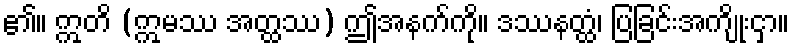
၏။ ဣတိ (ဣမဿ အတ္ထဿ) ဤအနက်ကို။ ဒဿနတ္ထံ၊ ပြခြင်းအကျိုးငှာ။